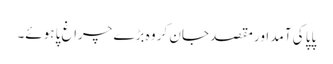
پاپا کی آمد اور مقصد جان کر وہ بڑے چراغ پا ہوئے۔